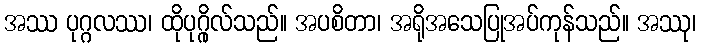
အဿ ပုဂ္ဂလဿ၊ ထိုပုဂ္ဂိုလ်သည်။ အပစိတာ၊ အရိုအသေပြုအပ်ကုန်သည်။ အဿု၊